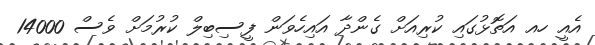
އެއީ ހއ އަތޮޅުގައި ކުުރިއަށް ގެންދާ އައިހެވަން ފީސިބިލް ކުރުމަށް ވެސް 14000